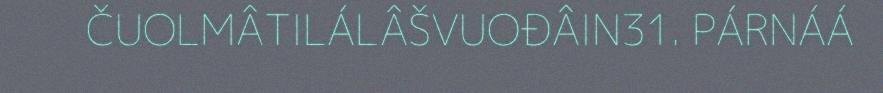
ČUOLMÂTILÁLÂŠVUOĐÂIN31. PÁRNÁÁ